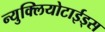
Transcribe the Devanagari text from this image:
न्युक्लियोटाईड्स